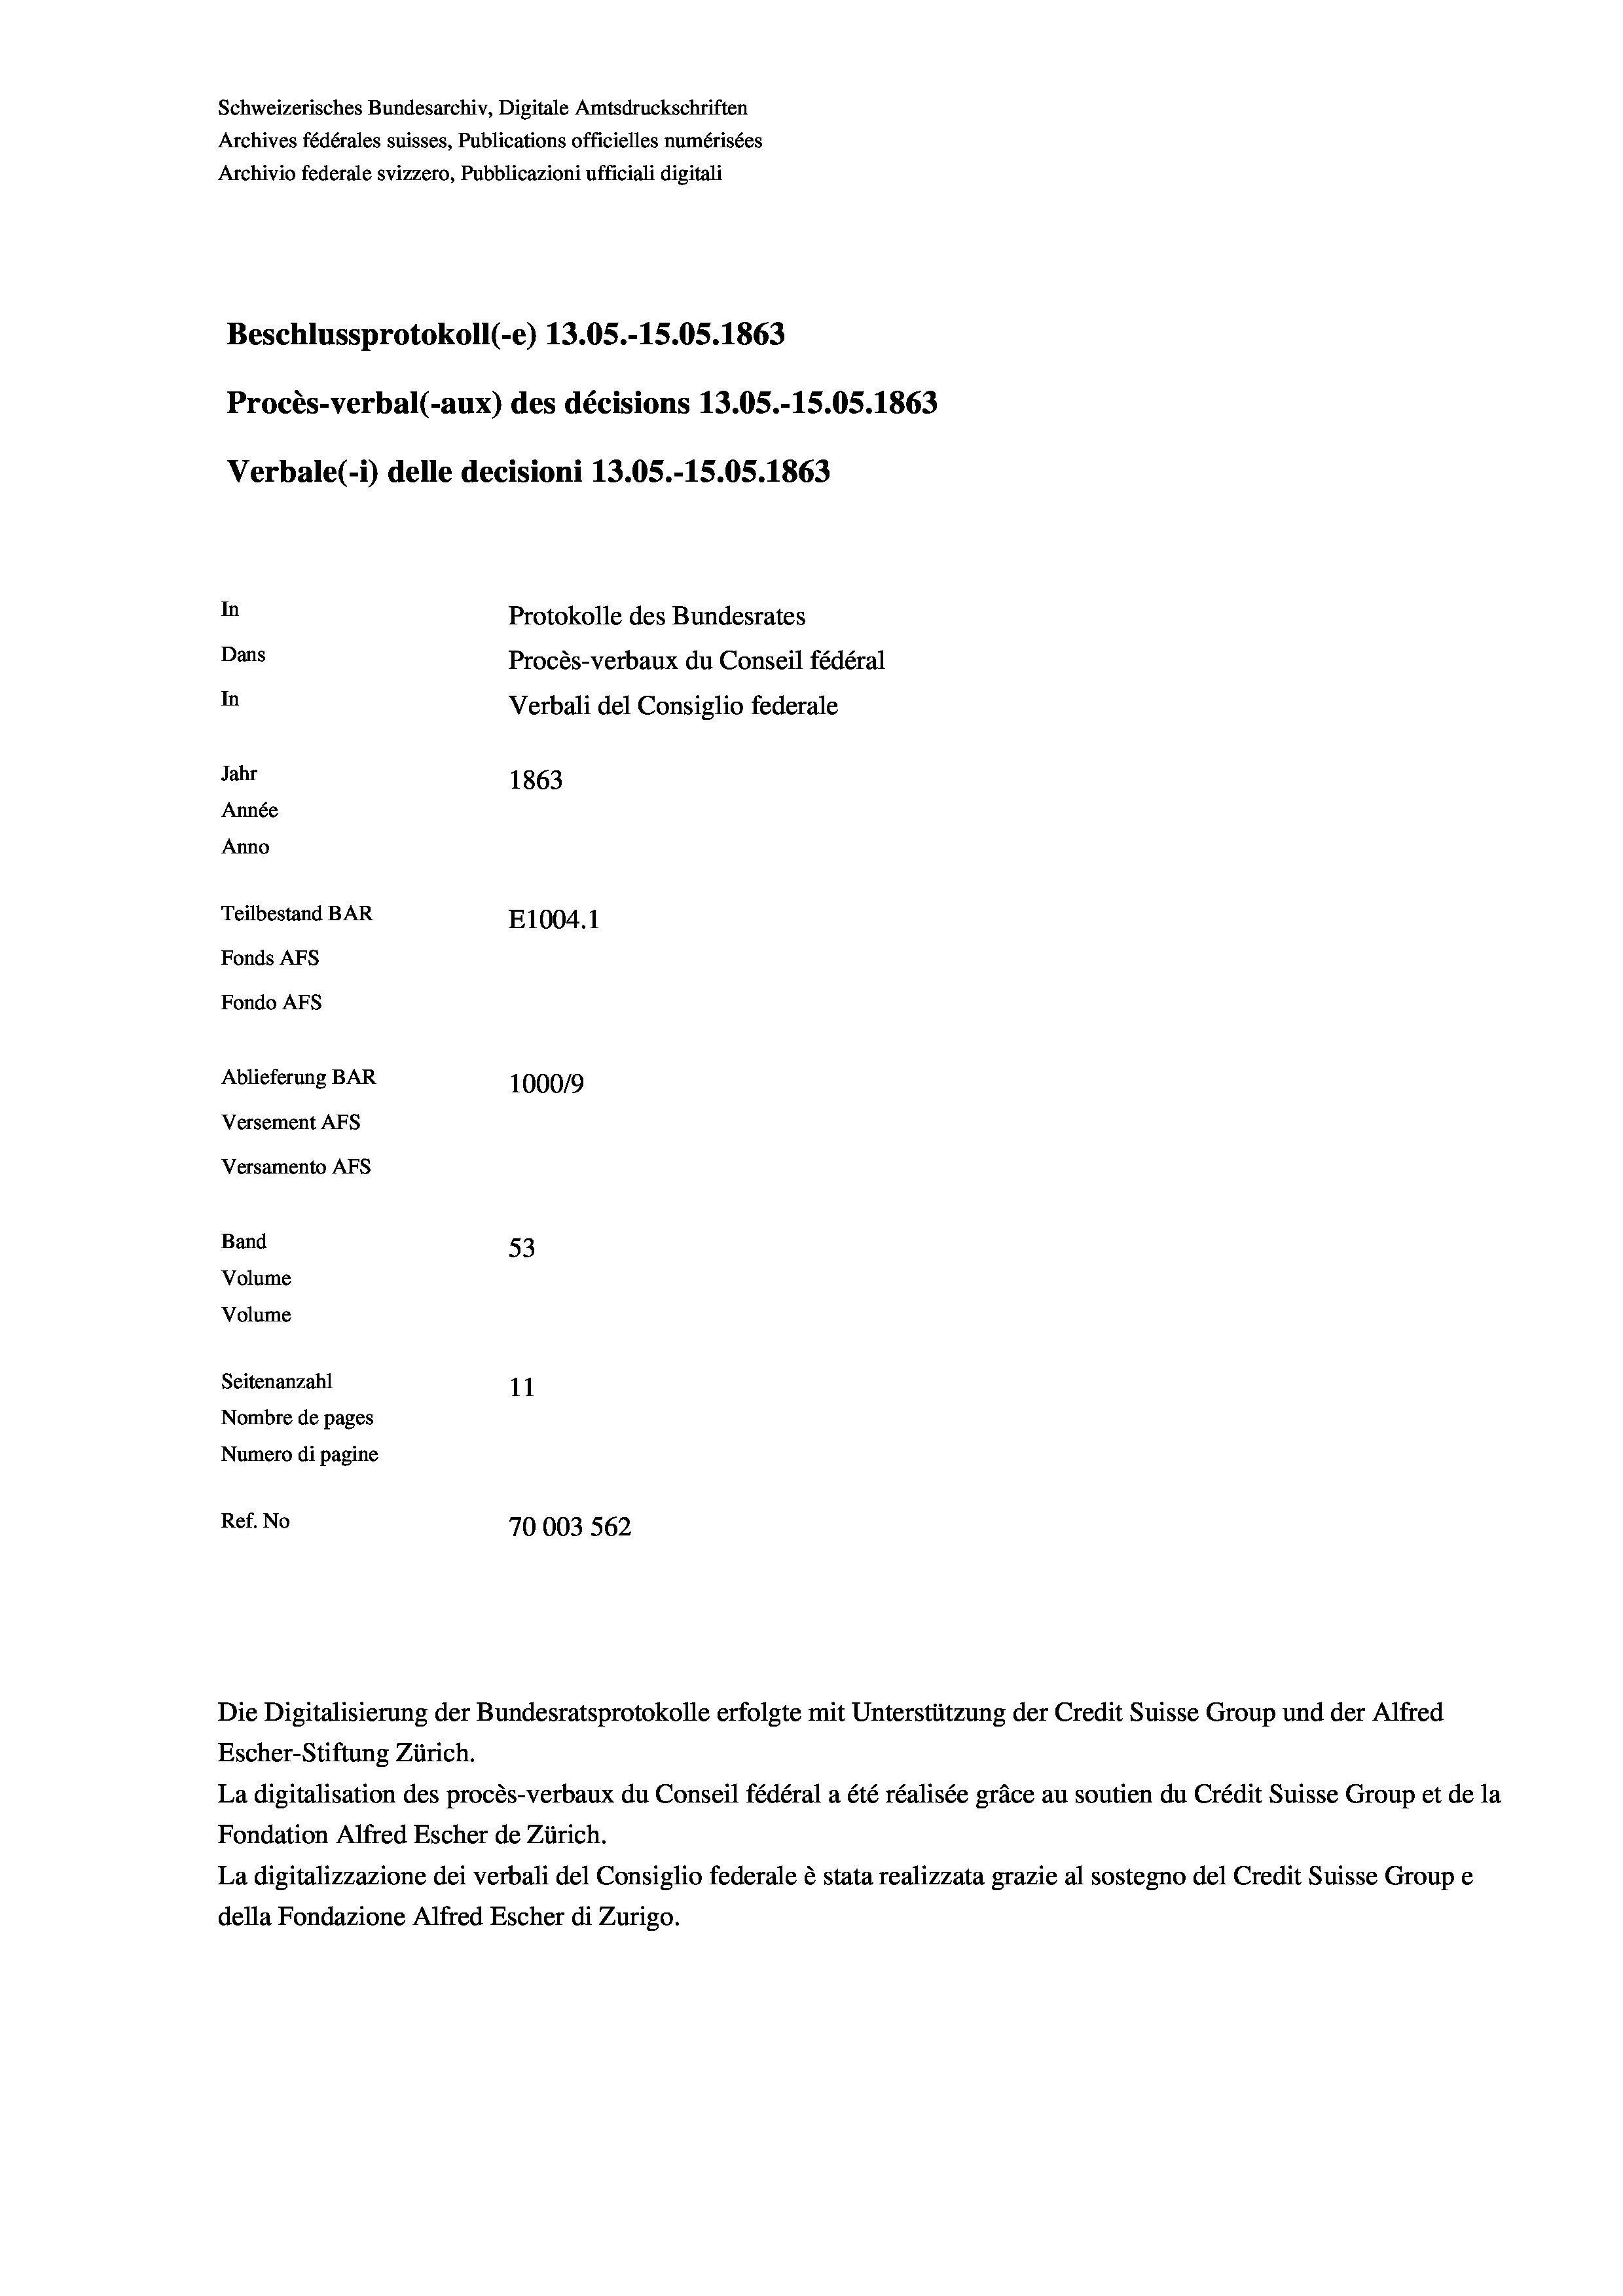
Schweizerisches Bundesarchiv, Digitale Amtsdruckschriften
Archives fédérales suisses, Publications officielles numérisées
Archivio federale svizzero, Pubblicazioni ufficiali digitali
Beschlussprotokoll (-e) 13.05.-15.05. 1863
Procès-verbal (-aux) des décisions 13.05.-15.05. 1863
Verbale (- 1) delle decisioni 13.05.-15.05. 1863
In
Protokolle des Bundesrates
Dans
Procès-verbaux du Conseil fédéral
In
Verbali del Consiglio federale
Jahr
1863
Année
Anno
Teilbestand BAR
E1004. 1
Fonds AFs
Fondo Afs
Ablieferung BAR
100019
Versement Ans
Versamento Afs
Band
53
Volume
Volume
Seitenanzahl
11
Nombre de pages
Numero di pagine
Ref. No
70003 562

Escher-Stiftung Zürich.
La digitalisation des procès-verbaux du Conseil fédéral a été réalisée gräce au soutien du Crédit Suisse Group et de la
Fondation Alfred Escher de Zürich.
La digitalizzazione dei verbali del Consiglio federale è stata realizzata grazie al sostegno del Credit Suisse Groupe
della Fondazione Alfred Escher di Zurigo.

Die Digitalisierung der Bundesratsprotokolle erfolgte mit Unterstützung der Credit Suisse Group und der Alfred